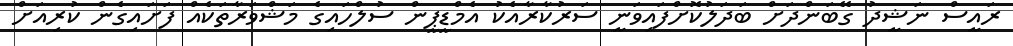
ރައީސް ނަޝީދު ގޭބަންދަށް ބަދަލުކޮށްފައިވަނީ ސަރުކާރާއެކު އެމްޑީޕީން ސުލްހައިގެ މަޝްވަރާތަކެއް ފަށައިގެން ކުރިއަށް